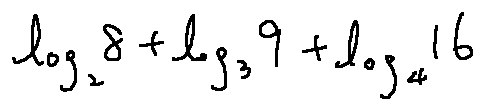
\log _ { 2 } 8 + \log _ { 3 } 9 + \log _ { 4 } 1 6